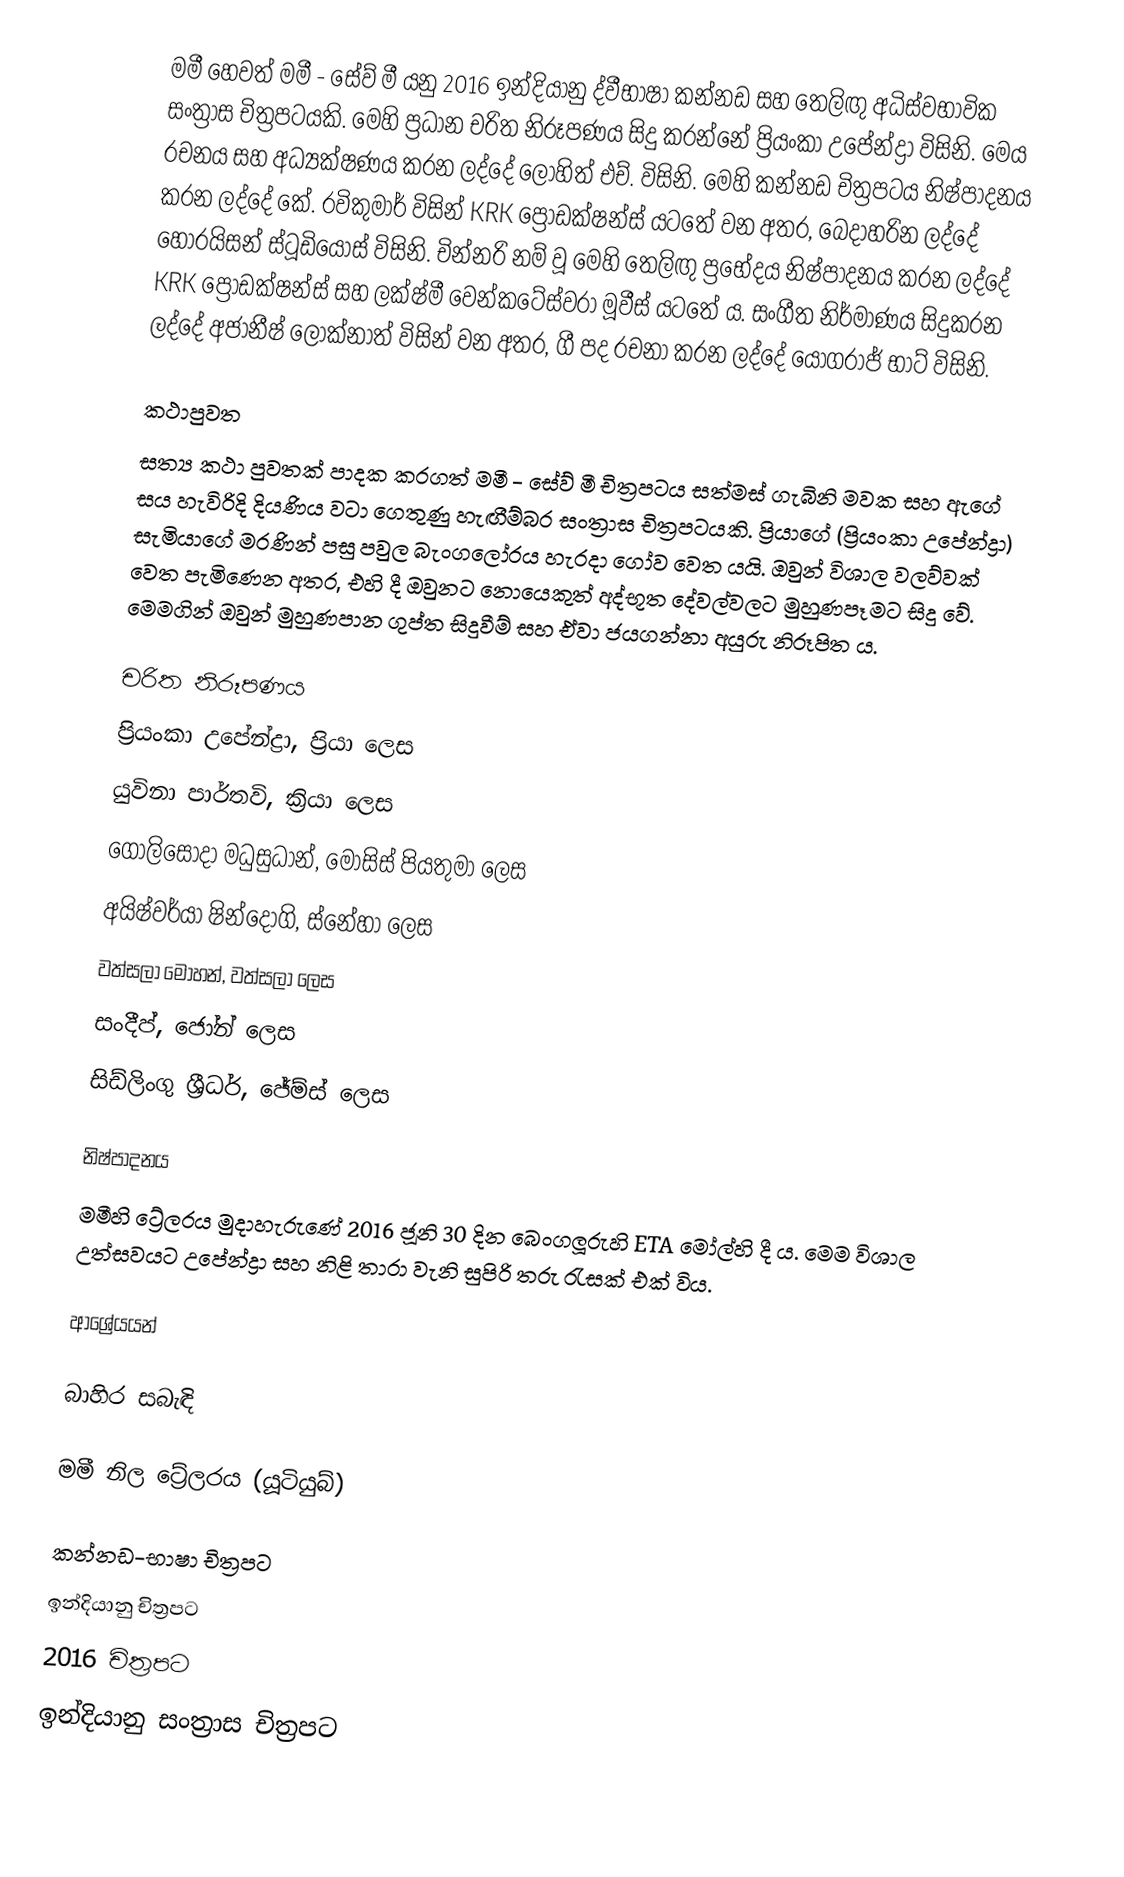
මමී හෙවත් මමී - සේව් මී යනු 2016 ඉන්දියානු ද්වීභාෂා කන්නඩ සහ තෙලිඟු අධිස්වභාවික සංත්‍රාස චිත්‍රපටයකි. මෙහි ප්‍රධාන චරිත නිරූපණය සිදු කරන්නේ ප්‍රියංකා උපේන්ද්‍රා විසිනි. මෙය රචනය සහ අධ්‍යක්ෂණය කරන ලද්දේ ලෝහිත් එච්. විසිනි. මෙහි කන්නඩ චිත්‍රපටය නිෂ්පාදනය කරන ලද්දේ කේ. රවිකුමාර් විසින් KRK ප්‍රොඩක්ෂන්ස් යටතේ වන අතර, බෙදාහරින ලද්දේ හොරයිසන් ස්ටූඩියෝස් විසිනි. චින්නරි නම් වූ මෙහි තෙලිඟු ප්‍රභේදය නිෂ්පාදනය කරන ලද්දේ KRK ප්‍රොඩක්ෂන්ස් සහ ලක්ෂ්මී වෙන්කටේස්වරා මූවීස් යටතේ ය. සංගීත නිර්මාණය සිදුකරන ලද්දේ අජානීෂ් ලෝක්නාත් විසින් වන අතර, ගී පද රචනා කරන ලද්දේ යෝගරාජ් භාට් විසිනි.

කථාපුවත
සත්‍ය කථා පුවතක් පාදක කරගත් මමී - සේව් මී චිත්‍රපටය සත්මස් ගැබිනි මවක සහ ඇගේ සය හැවිරිදි දියණිය වටා ගෙතුණු හැඟීම්බර සංත්‍රාස චිත්‍රපටයකි. ප්‍රියාගේ (ප්‍රියංකා උපේන්ද්‍රා) සැමියාගේ මරණින් පසු පවුල බැංගලෝරය හැරදා ගෝව වෙත යයි. ඔවුන් විශාල වලව්වක් වෙත පැමිණෙන අතර, එහි දී ඔවුනට නොයෙකුත් අද්භූත දේවල්වලට මුහුණපෑමට සිදු වේ. මෙමගින් ඔවුන් මුහුණපාන ගුප්ත සිදුවීම් සහ ඒවා ජයගන්නා අයුරු නිරූපිත ය.

චරිත නිරූපණය
 ප්‍රියංකා උපේන්ද්‍රා, ප්‍රියා ලෙස
 යුවිනා පාර්තවි, ක්‍රියා‍ ලෙස
 ගොලිසෝදා මධුසුධාන්, මෝසිස් පියතුමා ලෙස
 අයිෂ්වර්යා ෂින්දෝගි, ‍ස්නේහා ලෙස
 වත්සලා ‍මෝහන්, වත්සලා ලෙස
 සංදීප්, ජෝන් ලෙස
 සිඩ්ලිංගු ශ්‍රීධර්, ජේම්ස් ලෙස

නිෂ්පාදනය
මමීහි ට්‍රේලරය මුදාහැරුණේ 2016 ජූනි 30 දින බෙංගලූරුහි ETA මෝල්හි දී ය. මෙම විශාල උත්සවයට උපේන්ද්‍රා සහ නිළි තාරා වැනි සුපිරි තරු රැසක් එක් විය.

ආශ්‍රේයයන්

බාහිර සබැඳි

 මමී නිල ට්‍රේලරය (යූටියුබ්)

කන්නඩ-භාෂා චිත්‍රපට
ඉන්දියානු චිත්‍රපට
2016 චිත්‍රපට
ඉන්දියානු සංත්‍රාස චිත්‍රපට